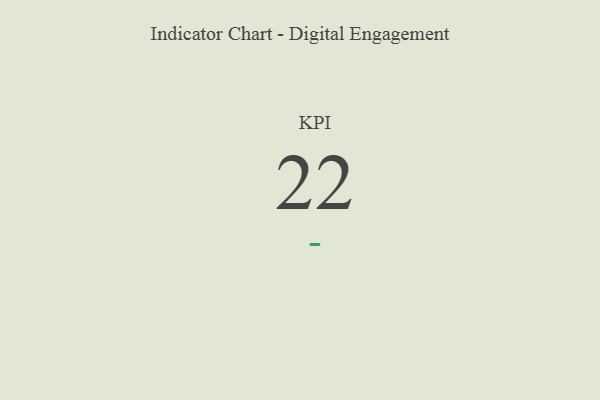
{"axis": {"x": "KPI", "y": "Value"}, "legend": [""], "data": [{"x": "KPI", "y": 22, "type": ""}]}